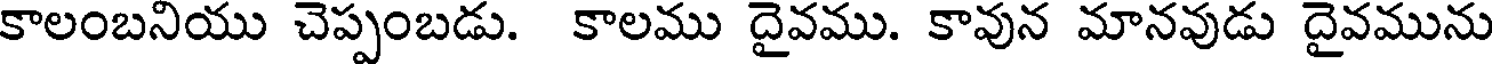
కాలంబనియు చెప్పంబడు. కాలము దైవము. కావున మానవుడు దైవమును